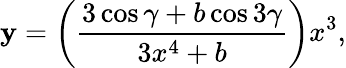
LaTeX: \mathbf{y}=\left(\frac{{3\cos\gamma+b\cos3\gamma}}{{3x^{4}+b}}\right)x^{3},